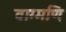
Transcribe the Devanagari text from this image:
वाग्मणि